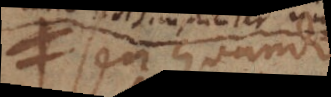
seu quando